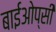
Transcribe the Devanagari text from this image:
बाईओप्सी